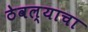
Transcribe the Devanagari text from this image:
ठेवल्याचा